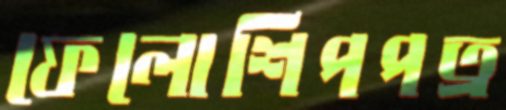
ফেলোশিপপত্র